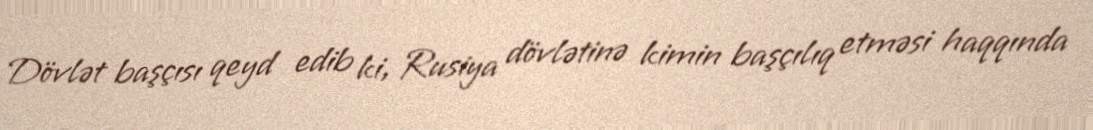
Dövlət başçısı qeyd edib ki, Rusiya dövlətinə kimin başçılıq etməsi haqqında